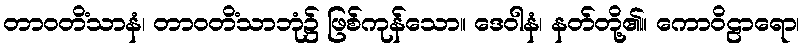
တာဝတိံသာနံ၊ တာဝတိံသာဘုံ၌ ဖြစ်ကုန်သော။ ဒေဝါနံ၊ နတ်တို့၏။ ကောဝိဠာရော၊